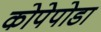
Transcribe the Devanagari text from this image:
कोपेपोडा